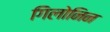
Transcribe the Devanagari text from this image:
गिलोनिन